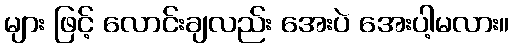
များ ဖြင့် လောင်းချလည်း အေးပဲ အေးပါ့မလား။